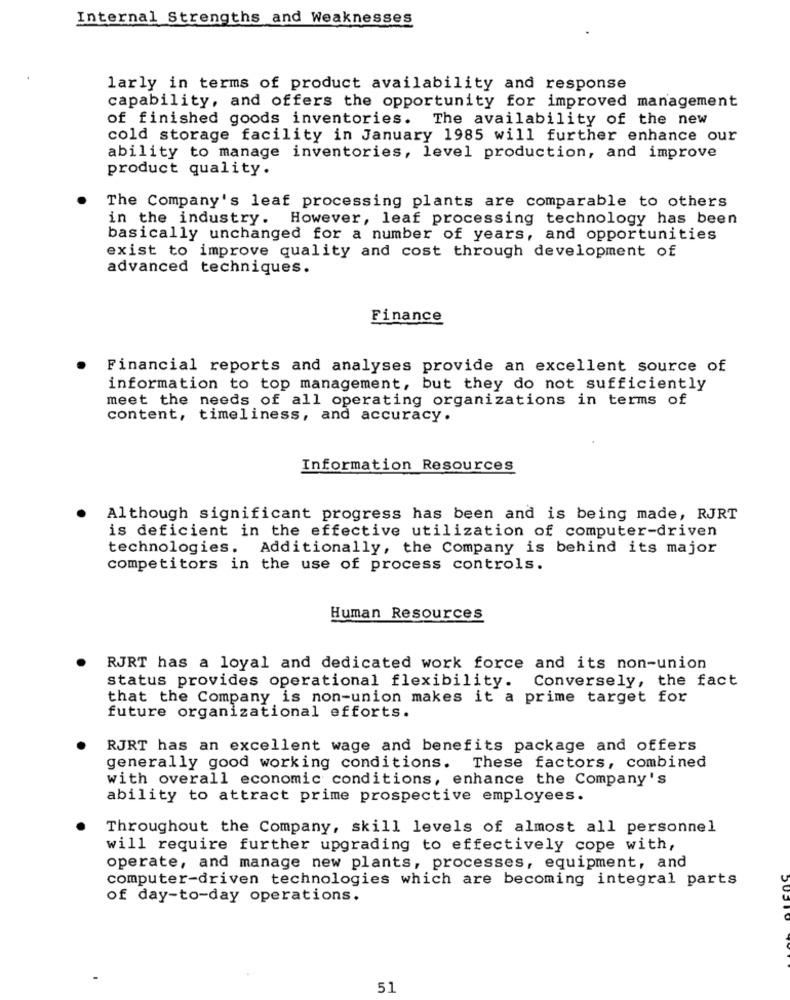
Internal Strengths and Weaknesses
larly in terms of product availability and response
capability, and offers the opportunity for improved management
of finished goods inventories. The availability of the new
cold storage facility in January 1985 will further enhance our
ability to manage inventories, level production, and improve
product quality.
The Company's leaf processing plants are comparable to others
in the industry. However, leaf processing technology has been
basically unchanged for a number of years, and opportunities
exist to improve quality and cost through development of
advanced techniques.
Finance
Financial reports and analyses provide an excellent source of
information to top management, but they do not sufficiently
meet the needs of all operating organizations in terms of
content, timeliness, and accuracy.
Information Resources
Although significant progress has been and is being made, RJRT
is deficient in the effective utilization of computer-driven
technologies. Additionally, the Company is behind its major
competitors in the use of process controls.
Human Resources
RJRT has a loyal and dedicated work force and its non-union
status provides operational flexibility. Conversely, the fact
that the Company is non-union makes it a prime target for
future organizational efforts.
RJRT has an excellent wage and benefits package and offers
generally good working conditions. These factors, combined
with overall economic conditions, enhance the Company's
ability to attract prime prospective employees.
Throughout the Company, skill levels of almost all personnel
will require further upgrading to effectively cope with,
operate, and manage new plants, processes, equipment, and
computer-driven technologies which are becoming integral parts
of day-to-day operations.
51